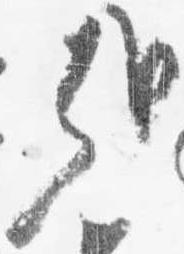
哉